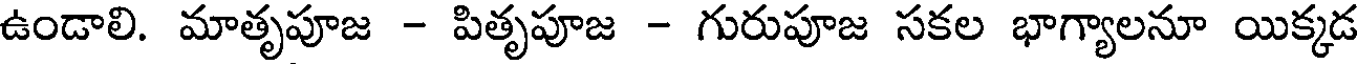
ఉండాలి. మాతృపూజ - పితృపూజ - గురుపూజ సకల భాగ్యాలనూ యిక్కడ